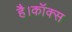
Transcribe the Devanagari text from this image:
है।कॉक्स